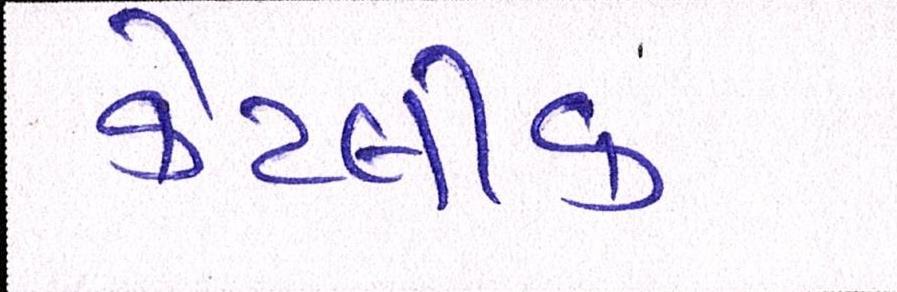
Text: કેટલીક